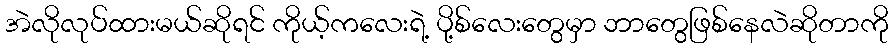
အဲလိုလုပ်ထားမယ်ဆိုရင် ကိုယ့်ကလေးရဲ့ ပို့စ်လေးတွေမှာ ဘာတွေဖြစ်နေလဲဆိုတာကို